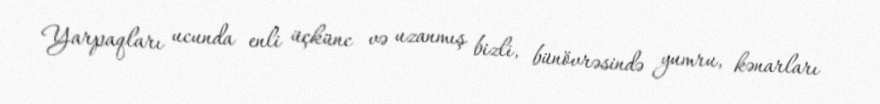
Yarpaqları ucunda enli üçkünc və uzanmış bizli, bünövrəsində yumru, kənarları